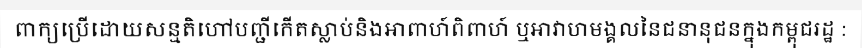
ពាក្យប្រើដោយសន្មតិហៅបញ្ជីកើតស្លាប់និងអាពាហ៍ពិពាហ៍ ឬអាវាហមង្គលនៃជនានុជនក្នុងកម្ពុជរដ្ឋ :